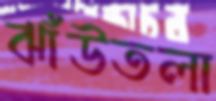
ঝাঁউতলা